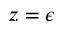
z = \epsilon